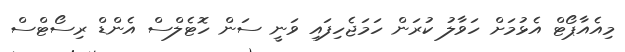
މިއެއާޕޯޓް އެޅުމަށް ހަވާލު ކުރަން ހަމަޖެހިފައި ވަނީ ސަން ހޮޓެލްސް އެންޑް ރިސޯޓްސް